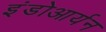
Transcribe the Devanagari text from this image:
इंडोआर्यन